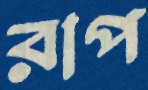
রাপ